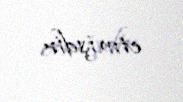
etmişdir.